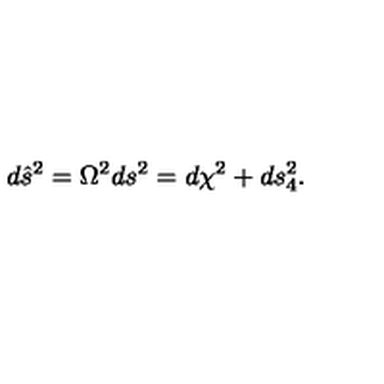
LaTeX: d { \hat { s } } ^ { 2 } = \Omega ^ { 2 } d s ^ { 2 } = d \chi ^ { 2 } + d s _ { 4 } ^ { 2 } .